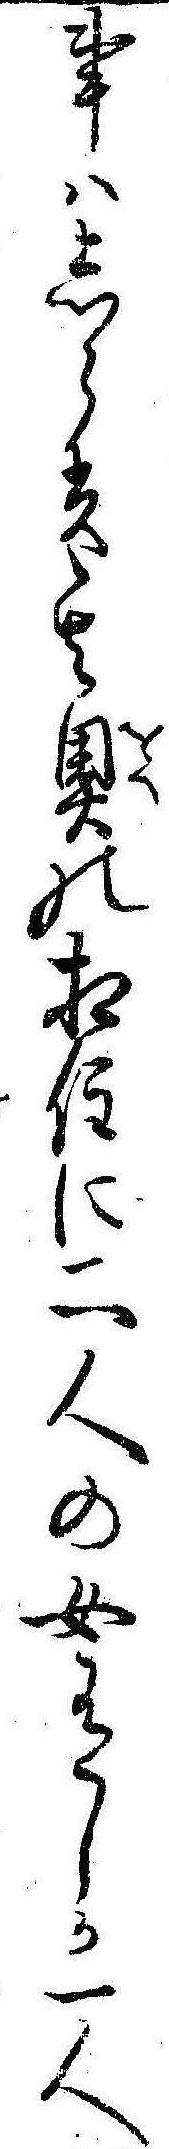
事はしらす其奥の相住に二人の女有しか一人